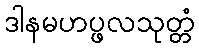
ဒါနမဟပ္ဖလသုတ္တံ